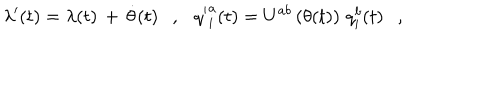
\lambda ^ { \prime } ( t ) = \lambda ( t ) \, + \, \dot { \theta } ( t ) \ \ \ , \ \ \ { q ^ { \prime } } _ { i } ^ { a } ( t ) = U ^ { a b } \left( \theta ( t ) \right) \, q _ { i } ^ { b } ( t ) \ \ \ ,